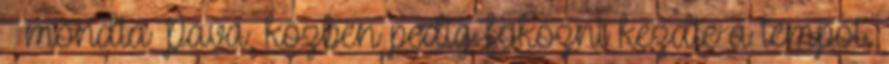
– mondta Páva, közben pedig fokozni kezdte a tempót.